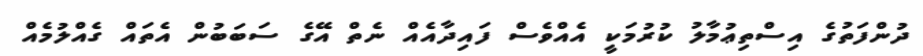
ދުންފަތުގެ އިސްތިޢުމާލު ކުރުމަކީ އެއްވެސް ފައިދާއެއް ނެތް އޭގެ ސަބަބުން އެތައް ގެއްލުމެއް